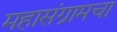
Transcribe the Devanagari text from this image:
महासंग्रामचा